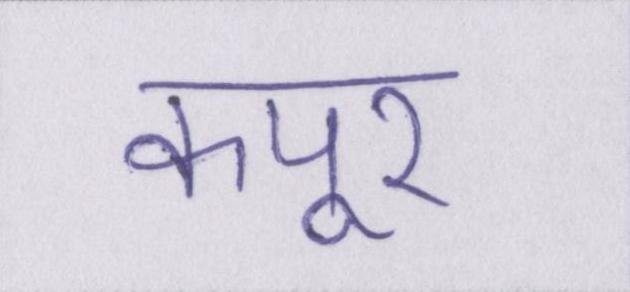
कपूर